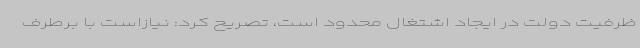
ظرفیت دولت در ایجاد اشتغال محدود است، تصریح کرد: نیازاست با برطرف